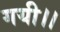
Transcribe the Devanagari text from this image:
गयी।।